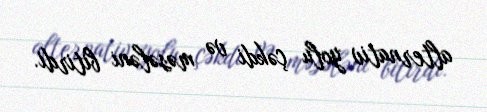
alternativ yolu çəkdi və məsələni bitirdi.